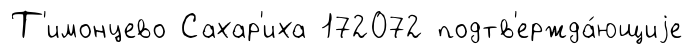
Т'имонцево Сахар'иха 172072 подтв'ержда́ющиjе